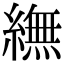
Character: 䌗